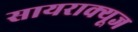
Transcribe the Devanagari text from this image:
सायराक्यूज